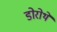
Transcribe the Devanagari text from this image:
डोरोथे